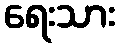
ရေးသား